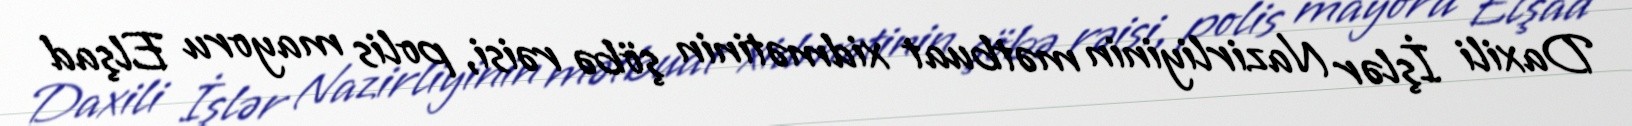
Daxili İşlər Nazirliyinin mətbuat xidmətinin şöbə rəisi, polis mayoru Elşad